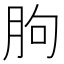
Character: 朐